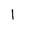
Letter: _alif